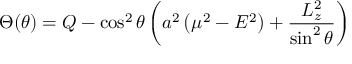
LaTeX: \Theta ( \theta ) = Q - \cos ^ { 2 } \theta \left( a ^ { 2 } \left( \mu ^ { 2 } - E ^ { 2 } \right) + { \frac { L _ { z } ^ { 2 } } { \sin ^ { 2 } \theta } } \right)